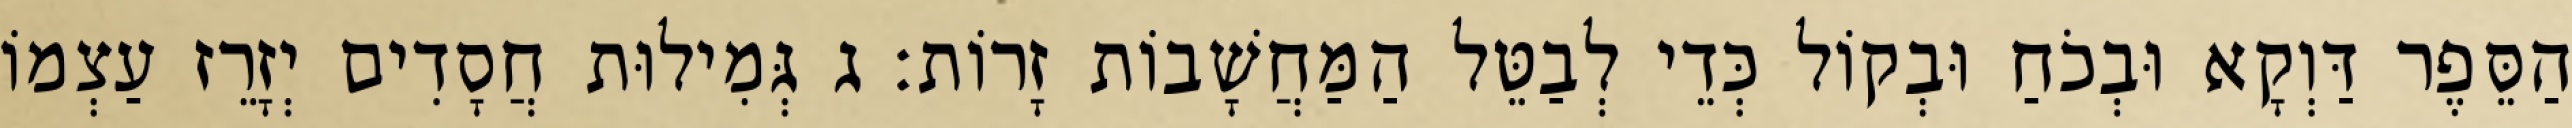
הַסֵּפֶר דַּוְקָא וּבְכֹחַ וּבְקוֹל כְּדֵי לְבַטֵּל הַמַּחֲשָׁבוֹת זָרוֹת: ג גְּמִילוּת חֲסָדִים יְזָרֵז עַצְמוֹ